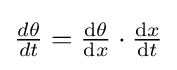
{\tfrac {d\theta }{dt}}={\tfrac {\mathrm {d} \theta }{\mathrm {d} x}}\cdot {\tfrac {\mathrm {d} x}{\mathrm {d} t}}